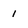
Character: 1